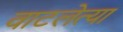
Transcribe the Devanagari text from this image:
वाटलेत्या